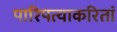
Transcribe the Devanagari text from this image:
पारिपत्याकरितां